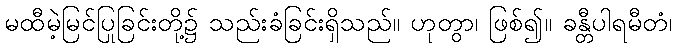
မထီမဲ့မြင်ပြုခြင်းတို့၌ သည်းခံခြင်းရှိသည်။ ဟုတွာ၊ ဖြစ်၍။ ခန္တီပါရမီတံ၊